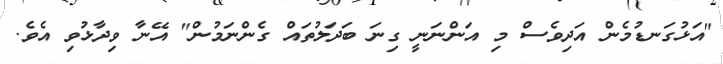
"އަޅުގަނޑުމެން އަދިވެސް މި އަންނަނީ ގިނަ ބަދަލުތައް ގެންނަމުން" އޭނާ ވިދާޅުވި އެވެ.